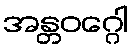
အန္တဝဂ္ဂေါ